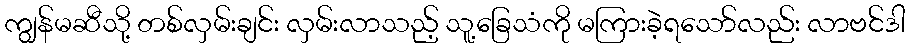
ကျွန်မဆီသို့ တစ်လှမ်းချင်း လှမ်းလာသည့် သူ့ခြေသံကို မကြားခဲ့ရသော်လည်း လာဗင်ဒါ